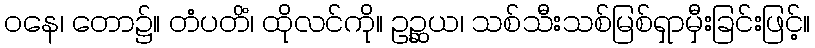
ဝနေ၊ တော၌။ တံပတိံ၊ ထိုလင်ကို။ ဥဉ္ဆယ၊ သစ်သီးသစ်မြစ်ရှာမှီးခြင်းဖြင့်။